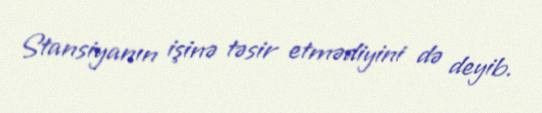
Stansiyanın işinə təsir etmədiyini də deyib.